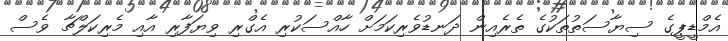
އެމްޑީޕީގެ ސިޔާސަތުތަކުގެ ތެރެއިން ދަނޑުވެރިކަމަށް ހާއްސަކުރި އެގްރި ވިޔަފާރި އާއި މެރިކަލްޗާ ވެސް